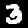
Label: 3